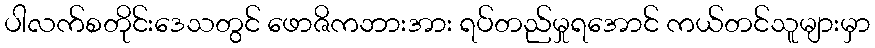
ပါလက်စတိုင်းဒေသတွင် ဖောဇိကဘားအား ရပ်တည်မှုရအောင် ကယ်တင်သူများမှာ